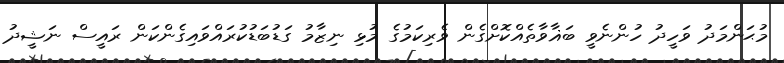
މުޙަންމަދު ވަހީދު ހުންނެވީ ބަޣާވާތެއްކޮށްގެން ވެރިކަމުގެ މުޅި ނިޒާމު ގަޑުބަޑުކުރައްވައިގެންކަން ރައީސް ނަޝީދު